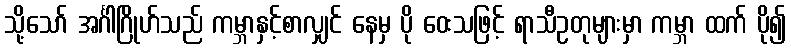
သို့သော် အင်္ဂါဂြိုဟ်သည် ကမ္ဘာနှင့်စာလျှင် နေမှ ပို ဝေးသဖြင့် ရာသီဥတုများမှာ ကမ္ဘာ ထက် ပို၍